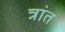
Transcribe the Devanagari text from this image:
त्रांत